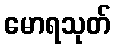
မောရသုတ်